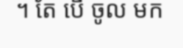
។ តែ បើ ចូល មក